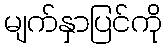
မျက်နှာပြင်ကို